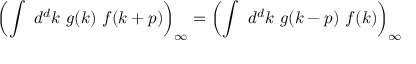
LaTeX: \left( \int \ d ^ { d } k \ g ( k ) \ f ( k + p ) \right) _ { \infty } = \left( \int \ d ^ { d } k \ g ( k - p ) \ f ( k ) \right) _ { \infty }